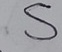
Text: S